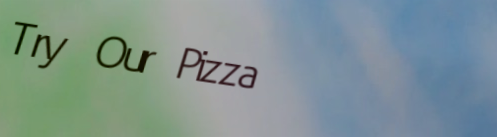
Try Our Pizza